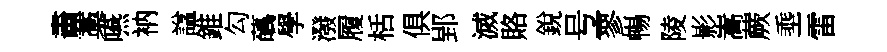
畵藁嚥衲諡錐勾蘤學潑履栝俱郢滅賂銳号寥暢陵影嵩蕨埀雷